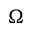
\Omega